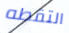
التقطه